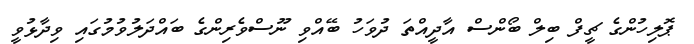
ޕޮލިހުންގެ ޗީފް ބިލް ބޯންސް އާދީއްތަ ދުވަހު ބޭއްވި ނޫސްވެރިންގެ ބައްދަލުވުމުގައި ވިދާޅުވީ